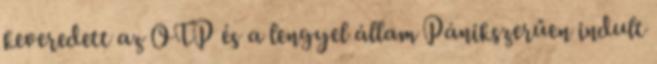
keveredett az OTP és a lengyel állam Pánikszerűen indult